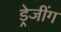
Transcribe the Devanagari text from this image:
ड्रेजींग